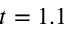
t = 1 . 1